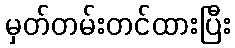
မှတ်တမ်းတင်ထားပြီး